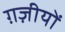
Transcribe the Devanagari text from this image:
ग़ज़ीयों